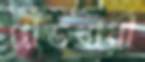
গ্রেডধারী